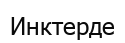
Инктерде